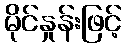
မိုင်နှုန်းဖြင့်